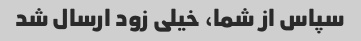
سپاس از شما، خیلی زود ارسال شد